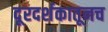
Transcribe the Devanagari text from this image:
दूरदर्शकातूनच